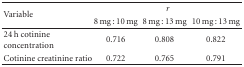
<table><thead><tr><td rowspan="2"><b>Variable</b></td><td colspan="3"><b><i>r</i></b></td></tr><tr><td><b>8 mg : 10 mg</b></td><td><b>8 mg : 13 mg</b></td><td><b>10 mg : 13 mg</b></td></tr></thead><tbody><tr><td>24 h cotinine concentration</td><td>0.716</td><td>0.808</td><td>0.822</td></tr><tr><td>Cotinine creatinine ratio</td><td>0.722</td><td>0.765</td><td>0.791</td></tr></tbody></table>